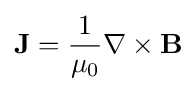
\mathbf {J} ={\frac {1}{\mu _{0}}}\nabla \times \mathbf {B}